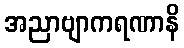
အညာဗျာကရဏာနိ